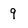
Character: 9